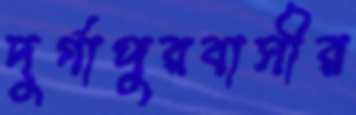
দুর্গাপুরবাসীর